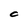
Character: C